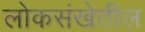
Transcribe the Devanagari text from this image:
लोकसंखेतील